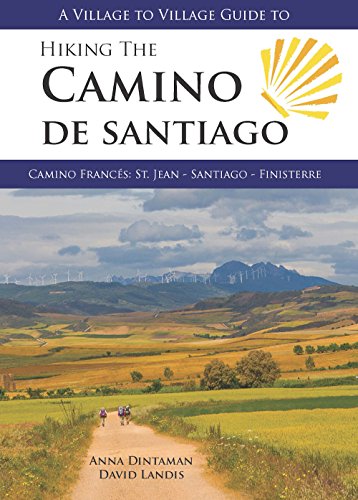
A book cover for A Village to Village Guide to Hiking the Camino De Santiago: Camino Frances: St Jean - Santiago - Finisterre; Anna Dintaman; Health, Fitness & Dieting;